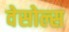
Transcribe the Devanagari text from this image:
वेसोल्स